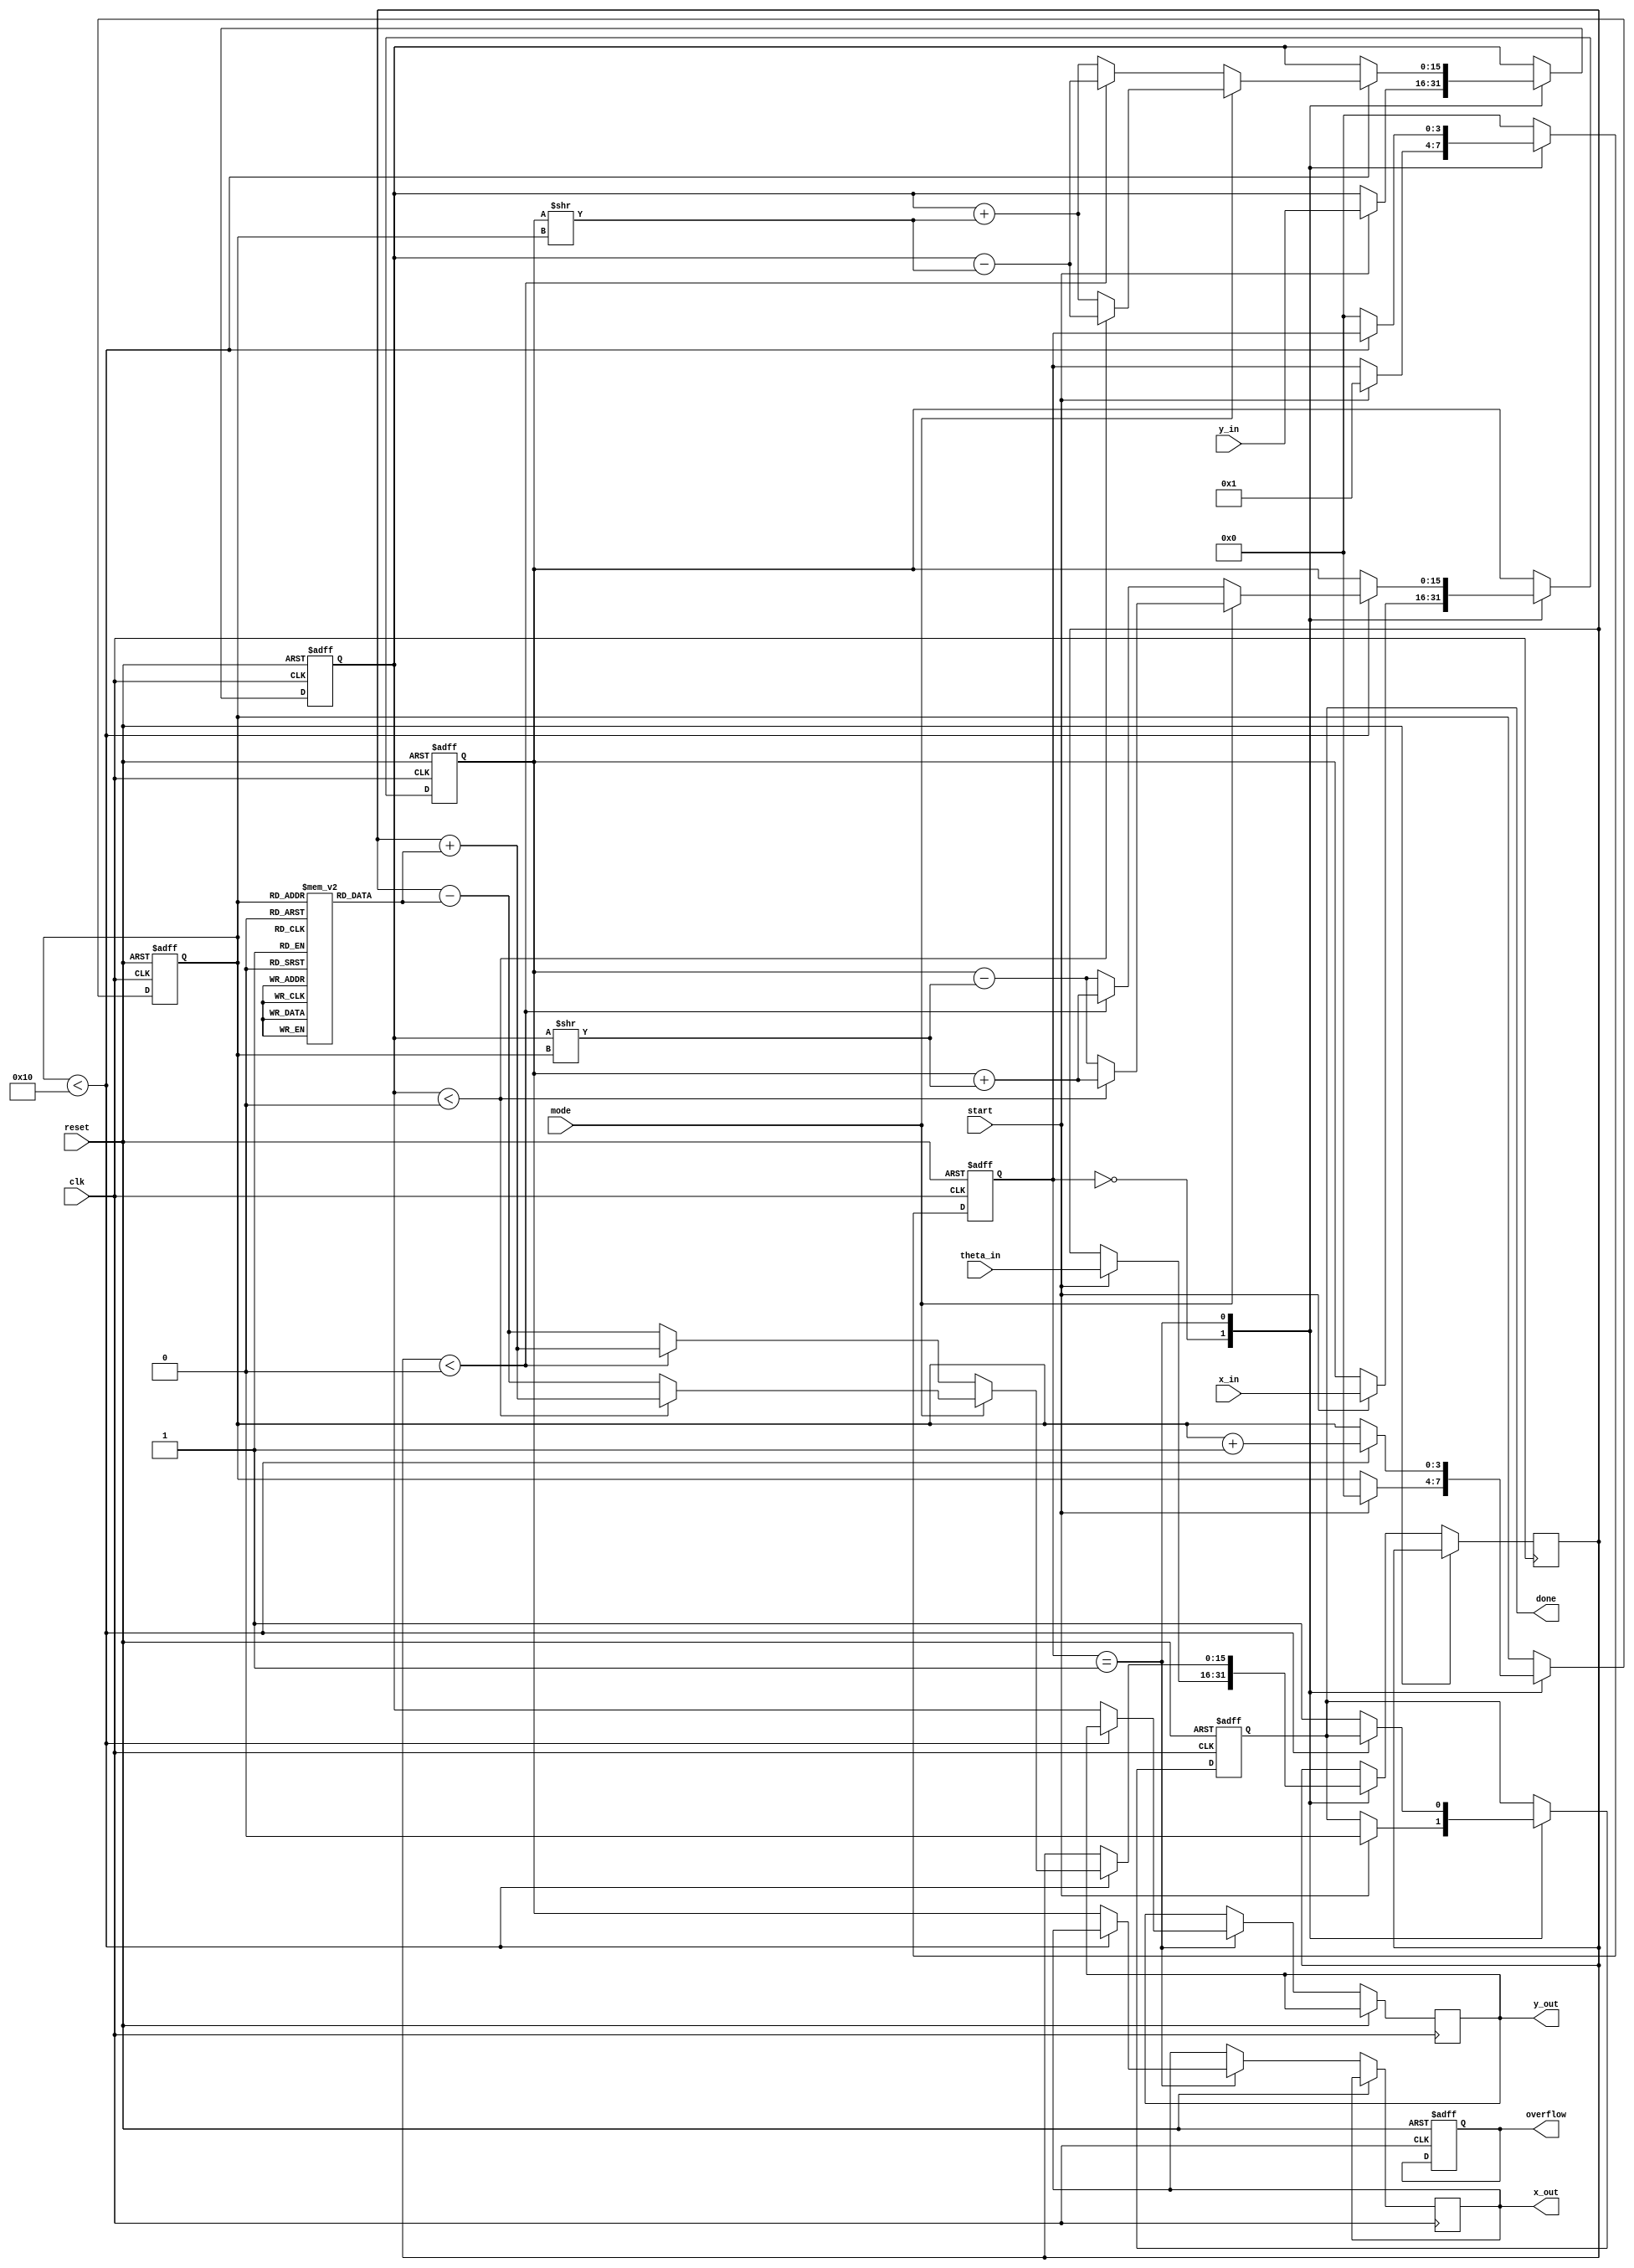
module UnifiedCORDIC (
    input wire clk,
    input wire reset,
    input wire [15:0] x_in,       // Input X
    input wire [15:0] y_in,       // Input Y
    input wire [15:0] theta_in,   // Angle in radians (fixed-point)
    input wire start,              // Start signal
    input wire mode,               // 0: Rotation, 1: Vectoring
    output reg [15:0] x_out,      // Output X
    output reg [15:0] y_out,      // Output Y
    output reg done,               // Completion flag
    output reg overflow            // Overflow flag
);

parameter NUM_ITERATIONS = 16;  // Number of CORDIC iterations
reg [15:0] angle_table [0:NUM_ITERATIONS-1]; // Lookup table for arctangent values
reg [15:0] x_reg, y_reg, theta_reg;
reg [3:0] state;                 // FSM state
reg [3:0] iteration_count;       // Current iteration count

// Initialization of angle lookup table
initial begin
    angle_table[0] = 16'h0000; // atan(1) = 0
    angle_table[1] = 16'h0001; // atan(2^-1) = /4
    angle_table[2] = 16'h0002; // atan(2^-2) = /8
    angle_table[3] = 16'h0003; // atan(2^-3) = /16
    // Add more values as needed...
end

// Control FSM
always @(posedge clk or posedge reset) begin
    if (reset) begin
        state <= 0;
        done <= 0;
        iteration_count <= 0;
        x_reg <= 0;
        y_reg <= 0;
        overflow <= 0;
    end else begin
        case (state)
            0: begin // Idle state
                if (start) begin
                    x_reg <= x_in;
                    y_reg <= y_in;
                    theta_reg <= theta_in;
                    iteration_count <= 0;
                    done <= 0;
                    state <= 1; // Move to iteration state
                end
            end
            
            1: begin // Iteration state
                if (iteration_count < NUM_ITERATIONS) begin
                    // CORDIC computation
                    if (mode == 0) begin // Rotation mode
                        if (theta_reg < 0) begin
                            x_reg <= x_reg + (y_reg >> iteration_count);
                            y_reg <= y_reg - (x_reg >> iteration_count);
                            theta_reg <= theta_reg + angle_table[iteration_count];
                        end else begin
                            x_reg <= x_reg - (y_reg >> iteration_count);
                            y_reg <= y_reg + (x_reg >> iteration_count);
                            theta_reg <= theta_reg - angle_table[iteration_count];
                        end
                    end else begin // Vectoring mode
                        if (y_reg < 0) begin
                            x_reg <= x_reg + (y_reg >> iteration_count);
                            y_reg <= y_reg - (x_reg >> iteration_count);
                            theta_reg <= theta_reg + angle_table[iteration_count];
                        end else begin
                            x_reg <= x_reg - (y_reg >> iteration_count);
                            y_reg <= y_reg + (x_reg >> iteration_count);
                            theta_reg <= theta_reg - angle_table[iteration_count];
                        end
                    end
                    iteration_count <= iteration_count + 1;
                end else begin
                    x_out <= x_reg; // Final output
                    y_out <= y_reg; // Final output
                    done <= 1; // Signal completion
                    state <= 0; // Return to idle
                end
            end
            
            default: state <= 0; // Reset to idle on unexpected state
        endcase
    end
end

endmodule